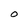
Character: O